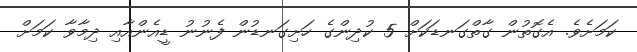
ކަމަށެވެ. އެގޮތުން ގާތްގަނޑަކަށް 5 ކުދިންގެ ހަށިގަނޑުން ފެނުނު ޑީއެންއާއި ދިމާވާ ކަމަށް